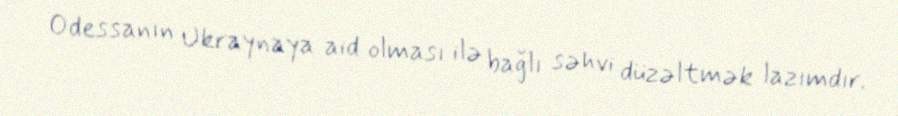
Odessanın Ukraynaya aid olması ilə bağlı səhvi düzəltmək lazımdır.